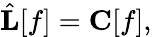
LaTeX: {\hat{\mathbf{L}}}[f]=\mathbf{C}[f],